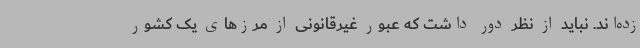
زده‌اند. نباید از نظر دور داشت که عبور غیرقانونی از مرزهای یک کشور